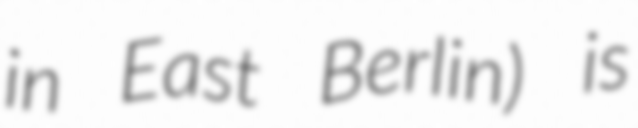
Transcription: in East Berlin) is